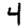
Digit: 4